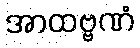
အာထဗ္ဗဏံ